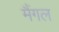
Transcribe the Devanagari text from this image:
मैंगल